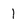
Character: I